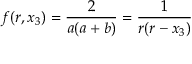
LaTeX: f ( r , x _ { 3 } ) = \frac 2 { a ( a + b ) } = \frac 1 { r ( r - x _ { 3 } ) }